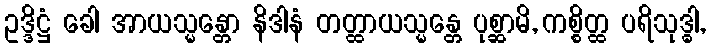
ဥဒ္ဒိဋ္ဌံ ခေါ အာယသ္မန္တော နိဒါနံ တတ္ထာယသ္မန္တေ ပုစ္ဆာမိ, ကစ္စိတ္ထ ပရိသုဒ္ဓါ,